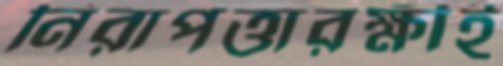
নিরাপত্তারক্ষীই